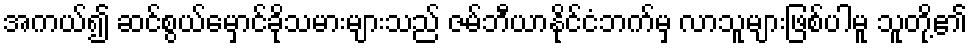
အကယ်၍ ဆင်စွယ်မှောင်ခိုသမားများသည် ဇမ်ဘီယာနိုင်ငံဘက်မှ လာသူများဖြစ်ပါမူ သူတို့၏